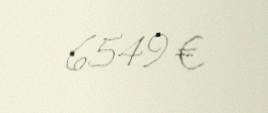
6549 €